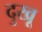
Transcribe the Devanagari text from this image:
दुखू